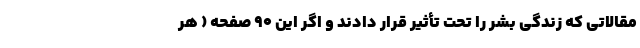
مقالاتی که زندگی بشر را تحت تأثیر قرار دادند و اگر این 90 صفحه ( هر